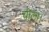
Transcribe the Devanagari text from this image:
चीला।